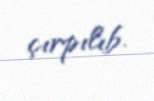
çırpılıb.